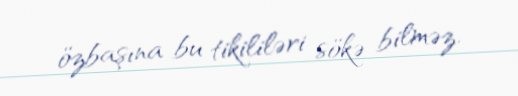
özbaşına bu tikililəri sökə bilməz.